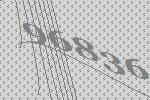
96836